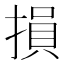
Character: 損